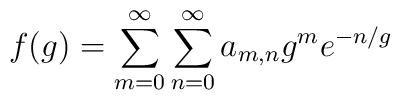
f(g)=\sum_{m=0}^\infty\sum_{n=0}^\infty a_{m,n}   g^me^{-n/g}